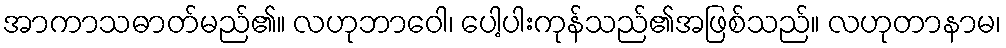
အာကာသဓာတ်မည်၏။ လဟုဘာဝေါ၊ ပေါ့ပါးကုန်သည်၏အဖြစ်သည်။ လဟုတာနာမ၊